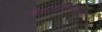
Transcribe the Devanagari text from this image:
विकार्बाक्सीलीकरण